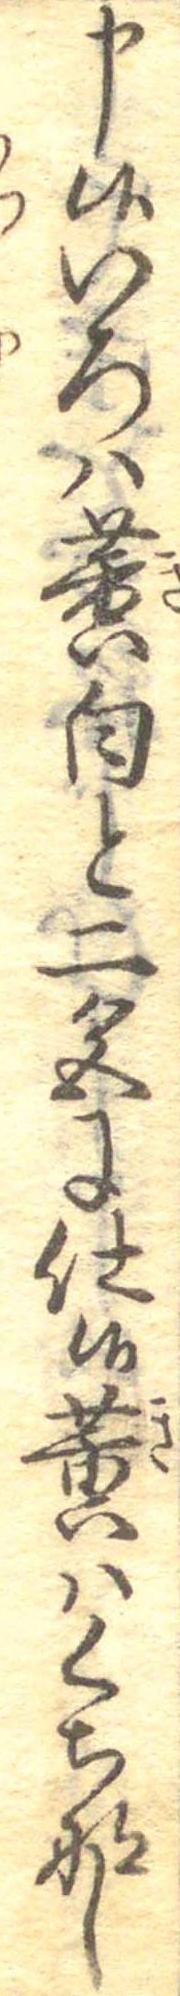
申候いろは黄白と二色に仕候黄はくちなし